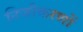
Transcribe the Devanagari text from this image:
निजीकरणों